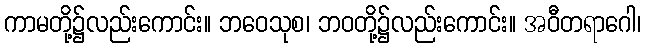
ကာမတို့၌လည်းကောင်း။ ဘဝေသုစ၊ ဘဝတို့၌လည်းကောင်း။ အဝီတရာဂေါ၊